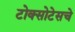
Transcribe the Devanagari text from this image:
टोक्सोटेसचे